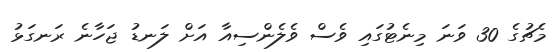
މެޗުގެ 30 ވަނަ މިނެޓުގައި ވެސް ވެލެންސިއާ އަށް ލަނޑު ޖަހާނެ ރަނގަޅު